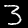
Label: 3